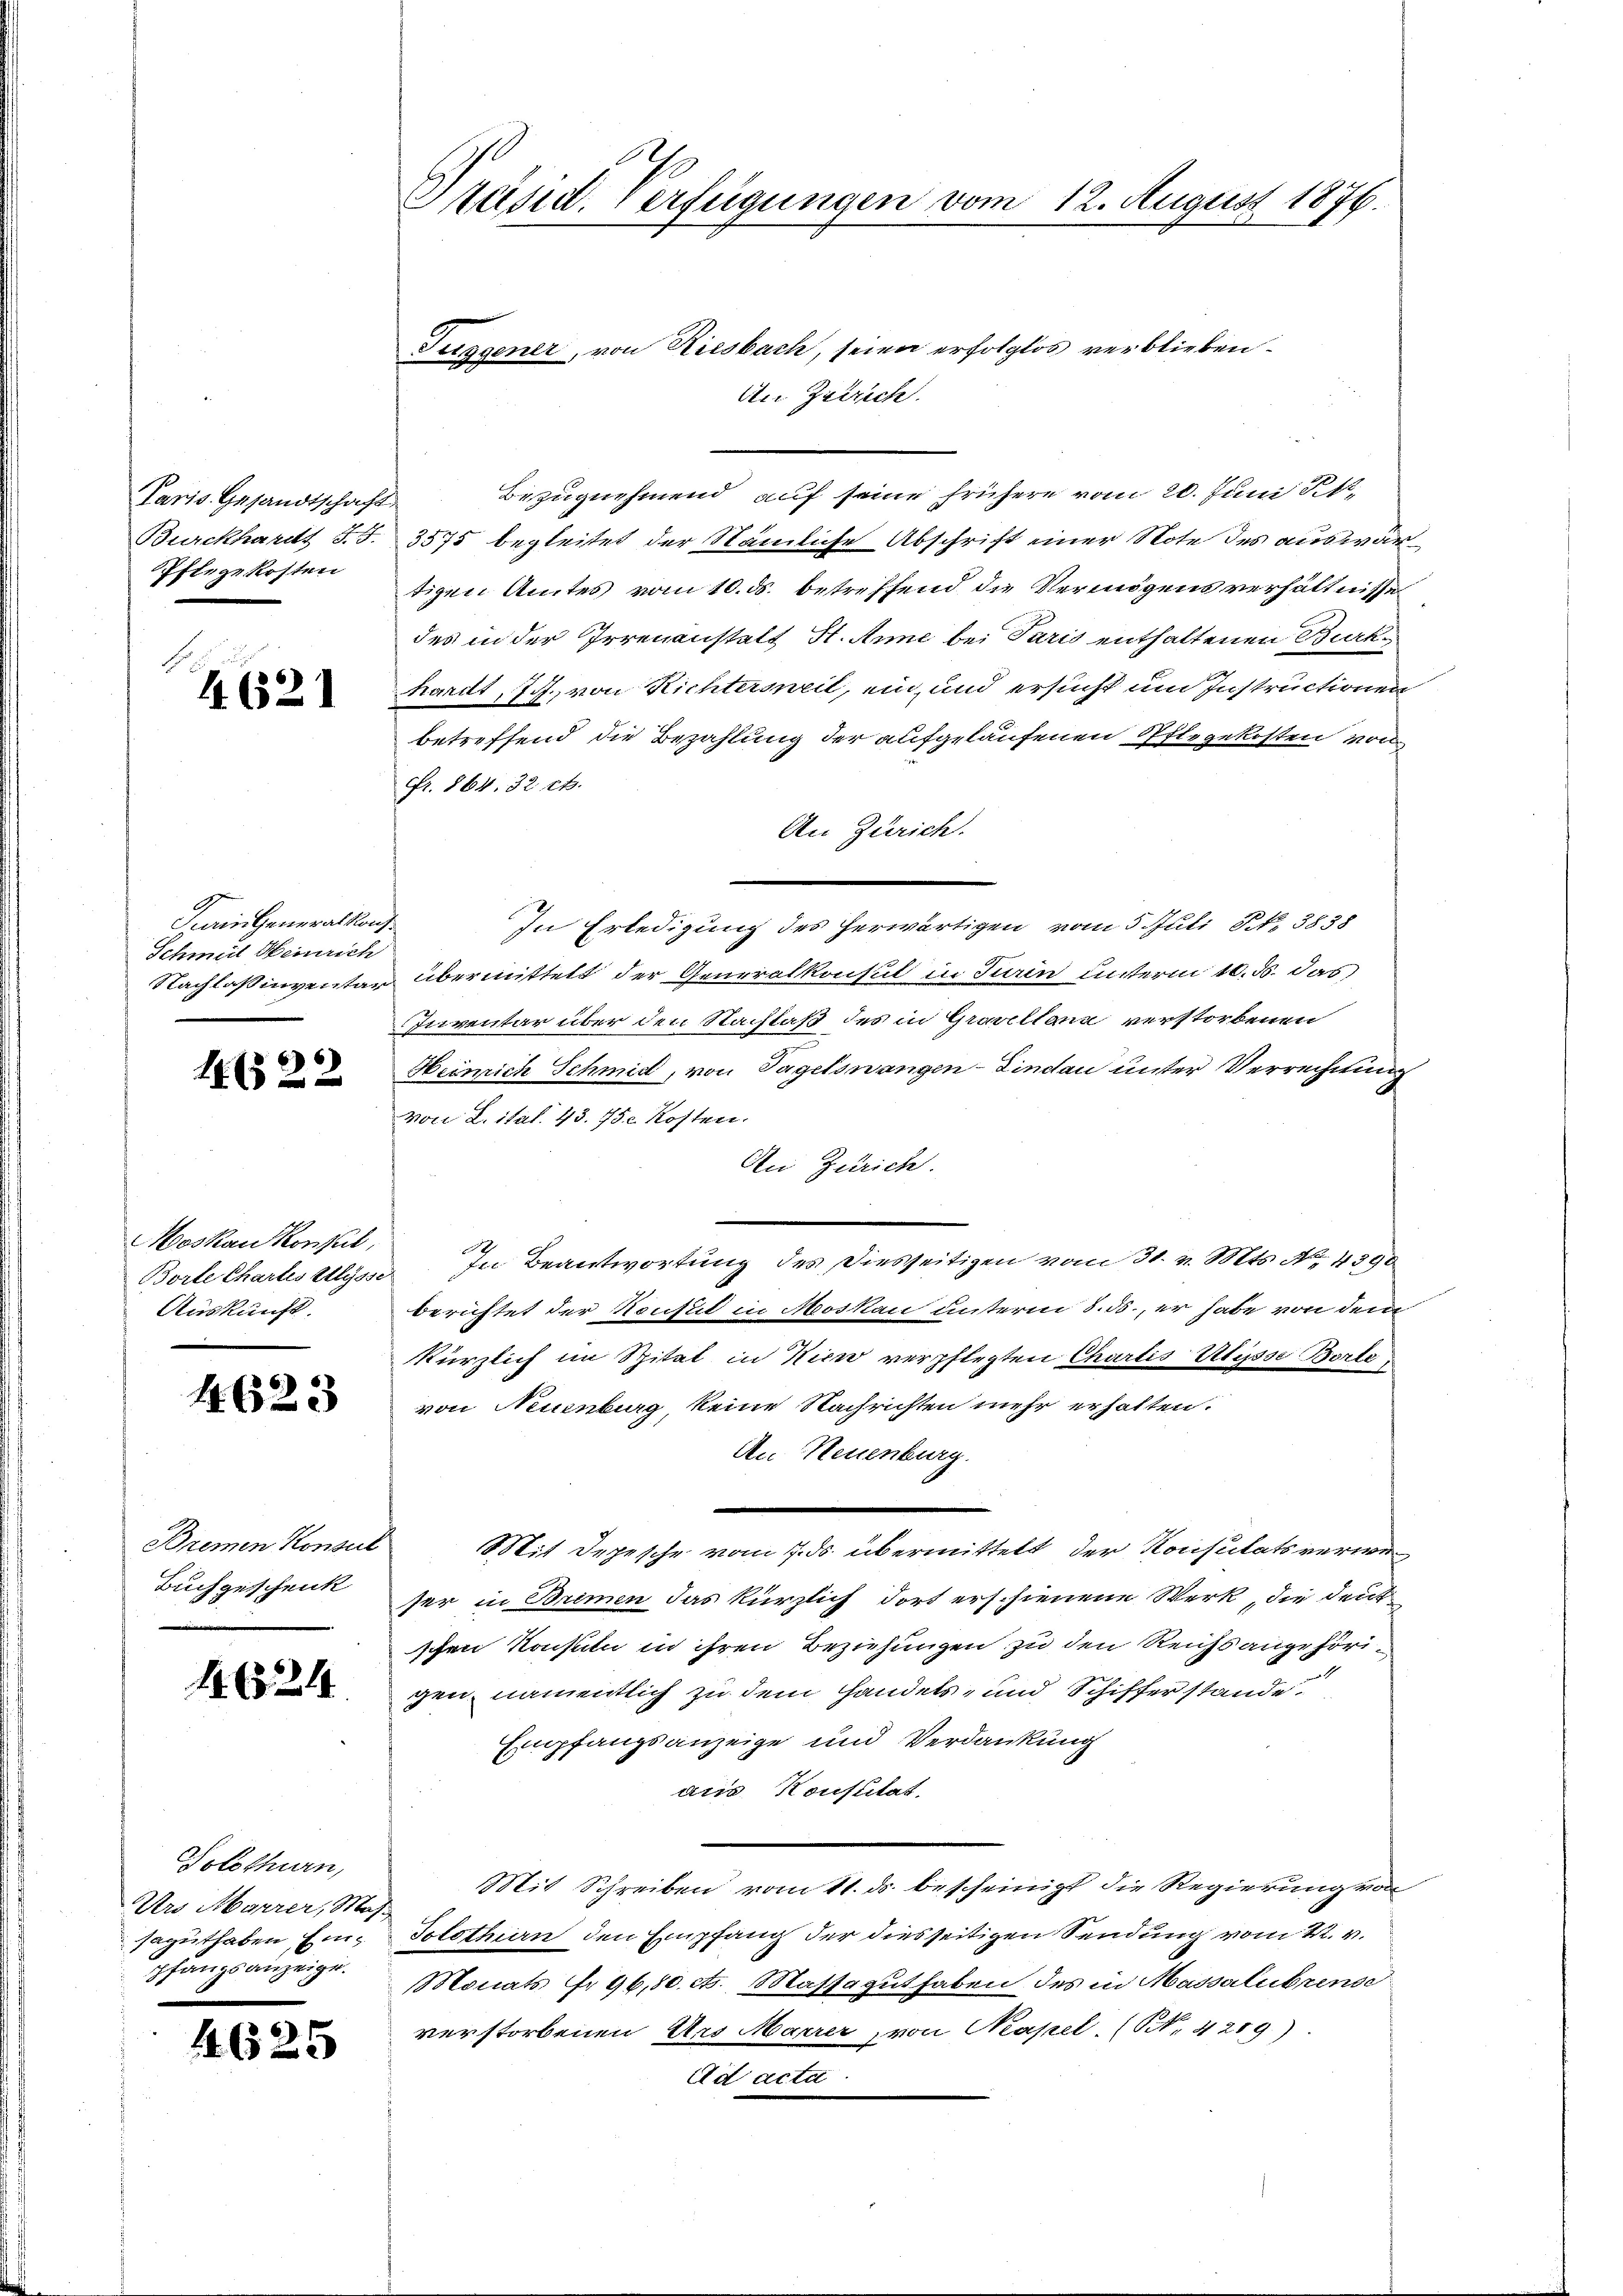
Paris Gesandtschaft
Burckhardt §. 5.
Pflegekosten

4621

Fein Generalkonz
Schmel Heinrich
Nachlassinventar

1622

Moskau Konsul,
Borte Chartes Ulysse
Auskunft.

4623

Bremen Konseil
Buchgeschenk

1624

Solothurn,
Urs Marrer, Mas-
saguthaben Einpfangsanzeige.

146

25

Päsid. Verfügungen vom 12. August 1876.

Suggener, von Riesbach, seien erfolglos verblieben.
An Zutrich
Bezugnehmend auf seine frühere vom 20. Juni 1
3575 begleitet der Nämliche Abschrift einer Note des auswärtigen Amtes vom 10. ds. betreffend die Vermögens verhältnisse
des in der Irrenanstalt St. Anne bei Paris enthaltenen Burk
hardt, 7 f., von Richtersweil, ein, und ersucht um Instructionen
betreffend die Bezahlung der aufgelaufenen Pflegekosten von
fr. 864. 32 et.
An Zürich.
In Erledigung des herwärtigen vom 5. Juli S. 3838
übermittelt der Generalkonsul in Juin unterm 10. ds. das
Inventar über den Nachlaß des in Gravellana verstorbenen
Heinrich Schmid, von Tagelswangen-Lindau unter Verrechnung
von L. ital. 43. 75. Kosten.
An Zürich.
.
In Beantwortung des Diesseitigen vom 31. v. Mts. No. 4390
berichtet der Rectus in Moskau unterm 8. ds., er habe von dem
Kürzlich im Spital in Wien verpflegten Chartis Ulysse Borte,
von Neuenburg, keine Nachrichten mehr erhalten.
An Neuenburg.

Mit Depesche vom 7. ds. übermittelt der Konsulats verweser in Brimen das kürzlich dort erschienene Werk, die deutschen Konsuln in ihren Beziehungen zu den Reichs angehörigen, namentlich zu dem Handels- und Schiffer stande
Empfangsanzeige und Verdankung
acis Konflitat.
Mit Schreiben vom 11. ds. bescheinigt die Regierung von
Totsthien den Empfang der diesseitigen Sendung vom 4. v.
Monats fr. 96,80 ct. Massaguthaben des in Massalubrensd
verstorbenen des Marrer, von Kapel. (S. 4219)
Ad acta